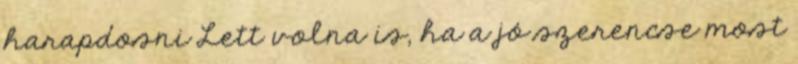
harapdosni Lett volna is, ha a jó szerencse most